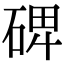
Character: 𥓓